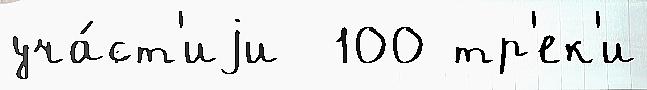
уча́ст'иjи  100 тр'ек'и